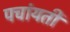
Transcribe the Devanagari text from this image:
पचांयती